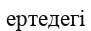
ертедегі